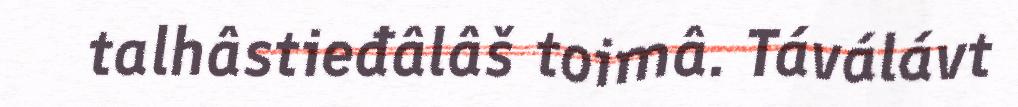
talhâstieđâlâš toimâ. Táválávt